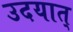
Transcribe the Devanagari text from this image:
उदयात्‌